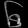
Digit: ၆